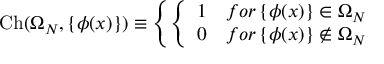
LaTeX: \mathrm { C h } ( \Omega _ { N } , \left\{ \phi ( x ) \right\} ) \equiv \left\{ \left\{ \begin{array} { l l } { { 1 } } & { { f o r \left\{ \phi ( x ) \right\} \in \Omega _ { N } } } \\ { { 0 } } & { { f o r \left\{ \phi ( x ) \right\} \not \in \Omega _ { N } } } \end{array} \right. \right.